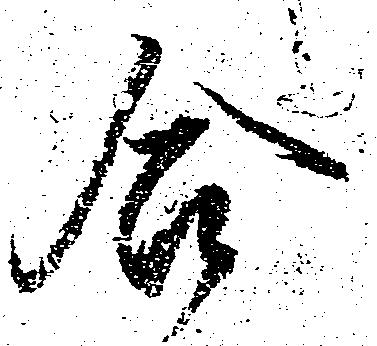
合